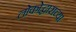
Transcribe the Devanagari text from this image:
लोकोद्धाराच्या